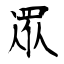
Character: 眾